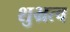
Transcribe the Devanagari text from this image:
शुभ्रत्व